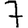
Digit: 7